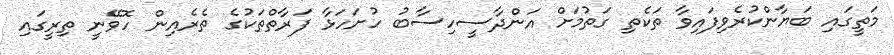
މަތީގައި ބަޔާންކުރެވިފައިވާ ތަކެތި ގަތުމަށް އަންދާސީހިސާބު ހުށަހަޅާ ފަރާތްތަކުގެ ތެރެއިން ހޮވޭނީ ތިރީގައި